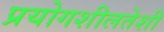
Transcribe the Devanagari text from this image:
प्रयोगशीलतेशी